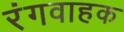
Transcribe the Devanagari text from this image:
रंगवाहक